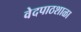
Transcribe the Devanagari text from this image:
वेदपाठशाळा